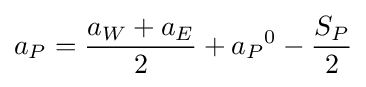
a_{P}={\frac {a_{W}+a_{E}}{2}}+{a_{P}}^{0}-{\frac {S_{P}}{2}}